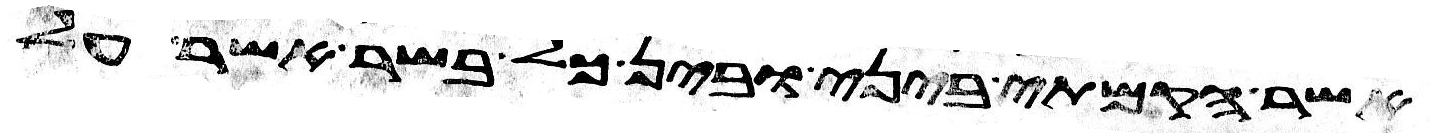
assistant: אשר הקמתי ביני ובין כל בשר אשר על